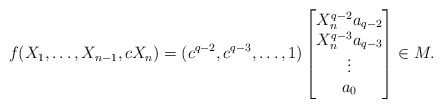
\begin{align*}f(X_1,\dots,X_{n-1},cX_n)=(c^{q-2},c^{q-3},\dots,1)\left[\begin{matrix}X_n^{q-2}a_{q-2}\cr X_n^{q-3}a_{q-3}\cr \vdots\cr a_0\end{matrix}\right]\in M.\end{align*}